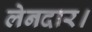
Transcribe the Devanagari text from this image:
लेनदार।